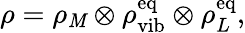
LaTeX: \rho=\rho_{\mathit{M}}\otimes\rho_{\textrm{{vib}}}^{\textrm{{eq}}}\otimes\rho_{L}^{\textrm{{eq}}},